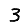
Digit: 3